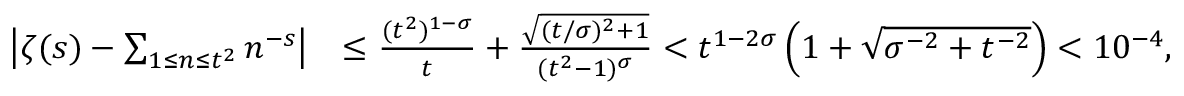
\begin{array} { r l } { \left| \zeta ( s ) - \sum _ { 1 \le n \le t ^ { 2 } } n ^ { - s } \right| } & { \le \frac { ( t ^ { 2 } ) ^ { 1 - \sigma } } { t } + \frac { \sqrt { ( t / \sigma ) ^ { 2 } + 1 } } { ( t ^ { 2 } - 1 ) ^ { \sigma } } < t ^ { 1 - 2 \sigma } \left( 1 + \sqrt { \sigma ^ { - 2 } + t ^ { - 2 } } \right) < 1 0 ^ { - 4 } , } \end{array}